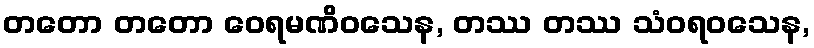
တတော တတော ဝေရမဏိဝသေန, တဿ တဿ သံဝရဝသေန,